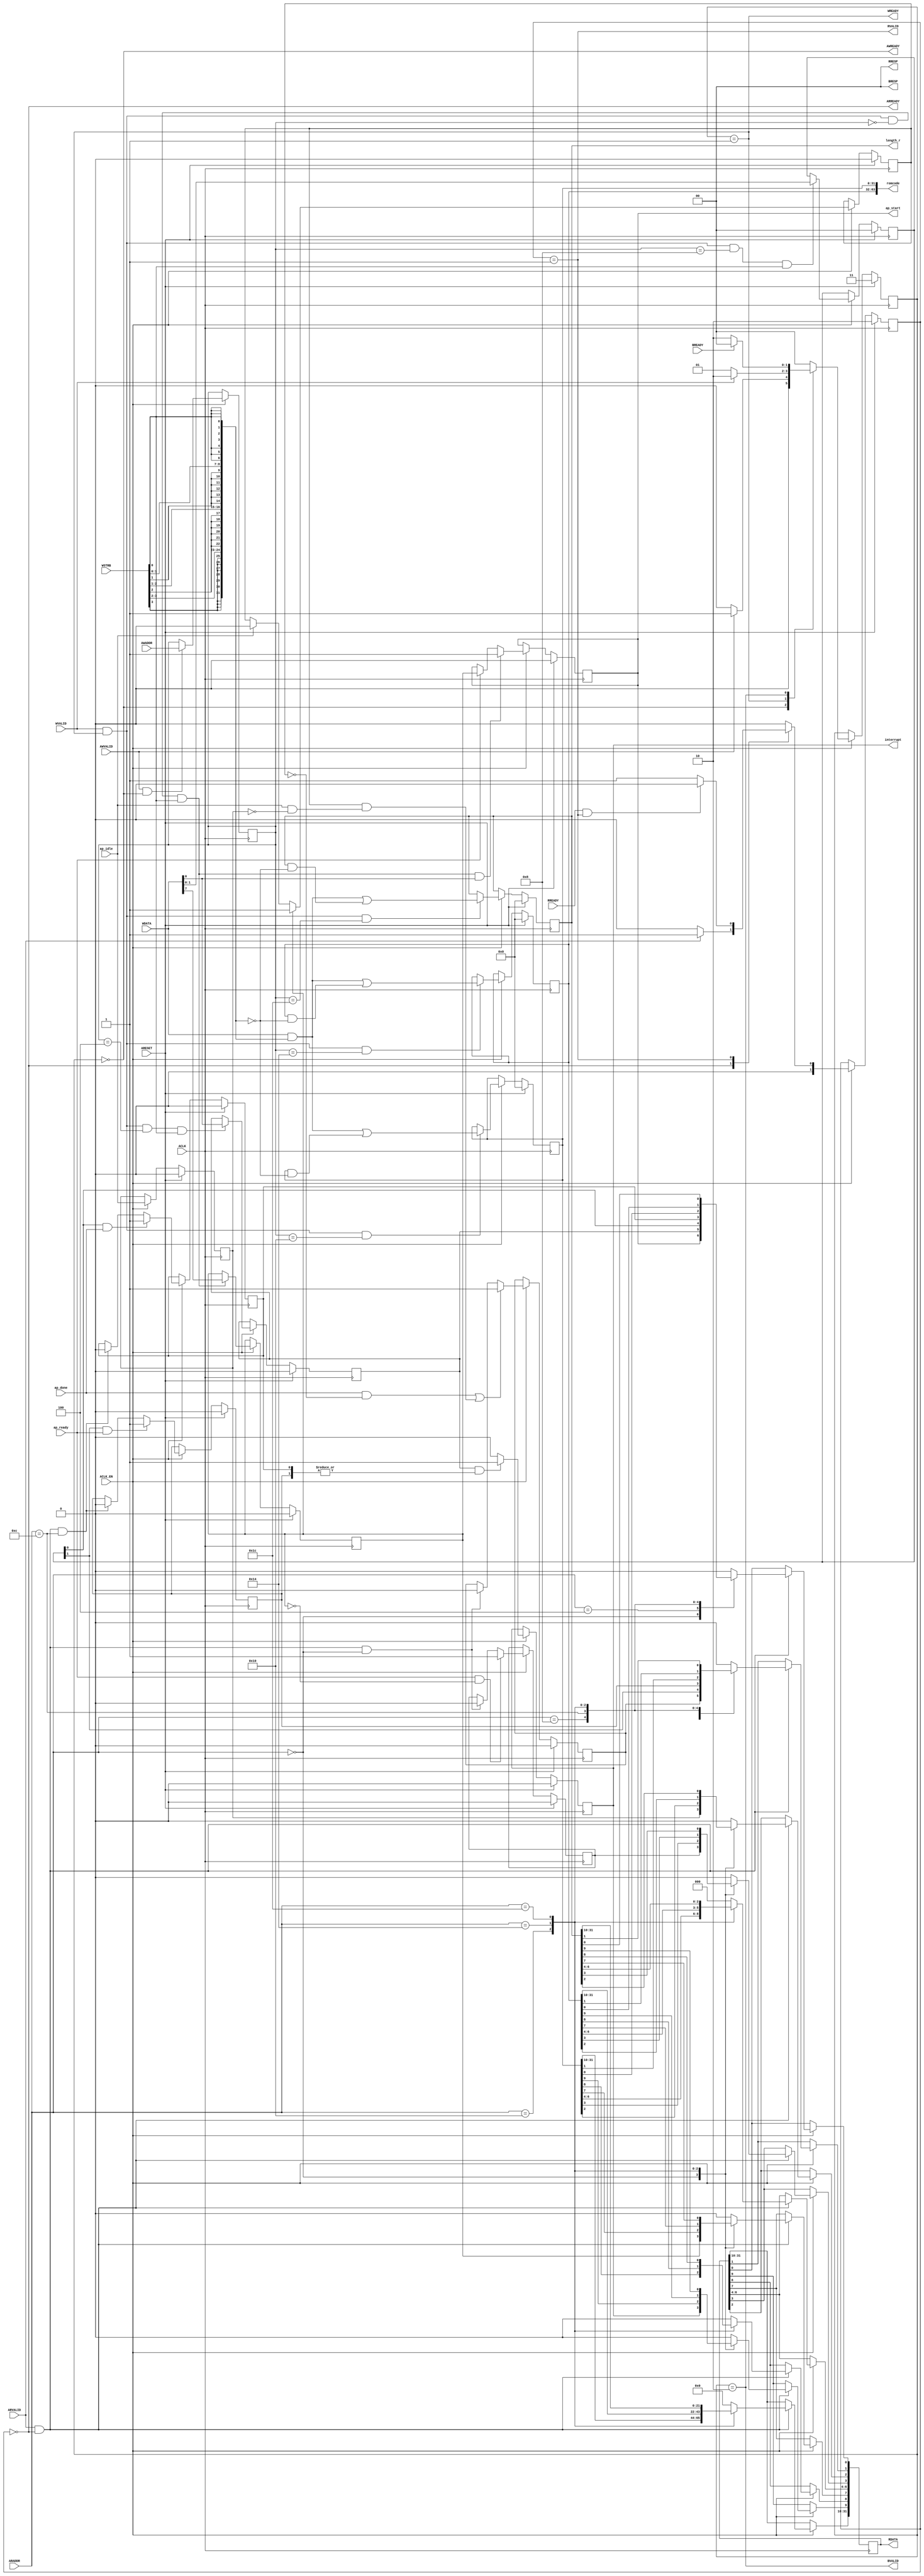
// ==============================================================
// Vitis HLS - High-Level Synthesis from C, C++ and OpenCL v2022.1 (64-bit)
// Tool Version Limit: 2022.04
// Copyright 1986-2022 Xilinx, Inc. All Rights Reserved.
// ==============================================================
`timescale 1ns/1ps
module read_romcode_control_s_axi
#(parameter
    C_S_AXI_ADDR_WIDTH = 6,
    C_S_AXI_DATA_WIDTH = 32
)(
    input  wire                          ACLK,
    input  wire                          ARESET,
    input  wire                          ACLK_EN,
    input  wire [C_S_AXI_ADDR_WIDTH-1:0] AWADDR,
    input  wire                          AWVALID,
    output wire                          AWREADY,
    input  wire [C_S_AXI_DATA_WIDTH-1:0] WDATA,
    input  wire [C_S_AXI_DATA_WIDTH/8-1:0] WSTRB,
    input  wire                          WVALID,
    output wire                          WREADY,
    output wire [1:0]                    BRESP,
    output wire                          BVALID,
    input  wire                          BREADY,
    input  wire [C_S_AXI_ADDR_WIDTH-1:0] ARADDR,
    input  wire                          ARVALID,
    output wire                          ARREADY,
    output wire [C_S_AXI_DATA_WIDTH-1:0] RDATA,
    output wire [1:0]                    RRESP,
    output wire                          RVALID,
    input  wire                          RREADY,
    output wire                          interrupt,
    output wire [63:0]                   romcode,
    output wire [31:0]                   length_r,
    output wire                          ap_start,
    input  wire                          ap_done,
    input  wire                          ap_ready,
    input  wire                          ap_idle
);
//------------------------Address Info-------------------
// 0x00 : Control signals
//        bit 0  - ap_start (Read/Write/COH)
//        bit 1  - ap_done (Read/COR)
//        bit 2  - ap_idle (Read)
//        bit 3  - ap_ready (Read/COR)
//        bit 7  - auto_restart (Read/Write)
//        bit 9  - interrupt (Read)
//        others - reserved
// 0x04 : Global Interrupt Enable Register
//        bit 0  - Global Interrupt Enable (Read/Write)
//        others - reserved
// 0x08 : IP Interrupt Enable Register (Read/Write)
//        bit 0 - enable ap_done interrupt (Read/Write)
//        bit 1 - enable ap_ready interrupt (Read/Write)
//        others - reserved
// 0x0c : IP Interrupt Status Register (Read/COR)
//        bit 0 - ap_done (Read/COR)
//        bit 1 - ap_ready (Read/COR)
//        others - reserved
// 0x10 : Data signal of romcode
//        bit 31~0 - romcode[31:0] (Read/Write)
// 0x14 : Data signal of romcode
//        bit 31~0 - romcode[63:32] (Read/Write)
// 0x18 : reserved
// 0x1c : Data signal of length_r
//        bit 31~0 - length_r[31:0] (Read/Write)
// 0x20 : reserved
// (SC = Self Clear, COR = Clear on Read, TOW = Toggle on Write, COH = Clear on Handshake)

//------------------------Parameter----------------------
localparam
    ADDR_AP_CTRL         = 6'h00,
    ADDR_GIE             = 6'h04,
    ADDR_IER             = 6'h08,
    ADDR_ISR             = 6'h0c,
    ADDR_ROMCODE_DATA_0  = 6'h10,
    ADDR_ROMCODE_DATA_1  = 6'h14,
    ADDR_ROMCODE_CTRL    = 6'h18,
    ADDR_LENGTH_R_DATA_0 = 6'h1c,
    ADDR_LENGTH_R_CTRL   = 6'h20,
    WRIDLE               = 2'd0,
    WRDATA               = 2'd1,
    WRRESP               = 2'd2,
    WRRESET              = 2'd3,
    RDIDLE               = 2'd0,
    RDDATA               = 2'd1,
    RDRESET              = 2'd2,
    ADDR_BITS                = 6;

//------------------------Local signal-------------------
    reg  [1:0]                    wstate = WRRESET;
    reg  [1:0]                    wnext;
    reg  [ADDR_BITS-1:0]          waddr;
    wire [C_S_AXI_DATA_WIDTH-1:0] wmask;
    wire                          aw_hs;
    wire                          w_hs;
    reg  [1:0]                    rstate = RDRESET;
    reg  [1:0]                    rnext;
    reg  [C_S_AXI_DATA_WIDTH-1:0] rdata;
    wire                          ar_hs;
    wire [ADDR_BITS-1:0]          raddr;
    // internal registers
    reg                           int_ap_idle;
    reg                           int_ap_ready = 1'b0;
    wire                          task_ap_ready;
    reg                           int_ap_done = 1'b0;
    wire                          task_ap_done;
    reg                           int_task_ap_done = 1'b0;
    reg                           int_ap_start = 1'b0;
    reg                           int_interrupt = 1'b0;
    reg                           int_auto_restart = 1'b0;
    reg                           auto_restart_status = 1'b0;
    wire                          auto_restart_done;
    reg                           int_gie = 1'b0;
    reg  [1:0]                    int_ier = 2'b0;
    reg  [1:0]                    int_isr = 2'b0;
    reg  [63:0]                   int_romcode = 'b0;
    reg  [31:0]                   int_length_r = 'b0;

//------------------------Instantiation------------------


//------------------------AXI write fsm------------------
assign AWREADY = (wstate == WRIDLE);
assign WREADY  = (wstate == WRDATA);
assign BRESP   = 2'b00;  // OKAY
assign BVALID  = (wstate == WRRESP);
assign wmask   = { {8{WSTRB[3]}}, {8{WSTRB[2]}}, {8{WSTRB[1]}}, {8{WSTRB[0]}} };
assign aw_hs   = AWVALID & AWREADY;
assign w_hs    = WVALID & WREADY;

// wstate
always @(posedge ACLK) begin
    if (ARESET)
        wstate <= WRRESET;
    else if (ACLK_EN)
        wstate <= wnext;
end

// wnext
always @(*) begin
    case (wstate)
        WRIDLE:
            if (AWVALID)
                wnext = WRDATA;
            else
                wnext = WRIDLE;
        WRDATA:
            if (WVALID)
                wnext = WRRESP;
            else
                wnext = WRDATA;
        WRRESP:
            if (BREADY)
                wnext = WRIDLE;
            else
                wnext = WRRESP;
        default:
            wnext = WRIDLE;
    endcase
end

// waddr
always @(posedge ACLK) begin
    if (ACLK_EN) begin
        if (aw_hs)
            waddr <= AWADDR[ADDR_BITS-1:0];
    end
end

//------------------------AXI read fsm-------------------
assign ARREADY = (rstate == RDIDLE);
assign RDATA   = rdata;
assign RRESP   = 2'b00;  // OKAY
assign RVALID  = (rstate == RDDATA);
assign ar_hs   = ARVALID & ARREADY;
assign raddr   = ARADDR[ADDR_BITS-1:0];

// rstate
always @(posedge ACLK) begin
    if (ARESET)
        rstate <= RDRESET;
    else if (ACLK_EN)
        rstate <= rnext;
end

// rnext
always @(*) begin
    case (rstate)
        RDIDLE:
            if (ARVALID)
                rnext = RDDATA;
            else
                rnext = RDIDLE;
        RDDATA:
            if (RREADY & RVALID)
                rnext = RDIDLE;
            else
                rnext = RDDATA;
        default:
            rnext = RDIDLE;
    endcase
end

// rdata
always @(posedge ACLK) begin
    if (ACLK_EN) begin
        if (ar_hs) begin
            rdata <= 'b0;
            case (raddr)
                ADDR_AP_CTRL: begin
                    rdata[0] <= int_ap_start;
                    rdata[1] <= int_task_ap_done;
                    rdata[2] <= int_ap_idle;
                    rdata[3] <= int_ap_ready;
                    rdata[7] <= int_auto_restart;
                    rdata[9] <= int_interrupt;
                end
                ADDR_GIE: begin
                    rdata <= int_gie;
                end
                ADDR_IER: begin
                    rdata <= int_ier;
                end
                ADDR_ISR: begin
                    rdata <= int_isr;
                end
                ADDR_ROMCODE_DATA_0: begin
                    rdata <= int_romcode[31:0];
                end
                ADDR_ROMCODE_DATA_1: begin
                    rdata <= int_romcode[63:32];
                end
                ADDR_LENGTH_R_DATA_0: begin
                    rdata <= int_length_r[31:0];
                end
            endcase
        end
    end
end


//------------------------Register logic-----------------
assign interrupt         = int_interrupt;
assign ap_start          = int_ap_start;
assign task_ap_done      = (ap_done && !auto_restart_status) || auto_restart_done;
assign task_ap_ready     = ap_ready && !int_auto_restart;
assign auto_restart_done = auto_restart_status && (ap_idle && !int_ap_idle);
assign romcode           = int_romcode;
assign length_r          = int_length_r;
// int_interrupt
always @(posedge ACLK) begin
    if (ARESET)
        int_interrupt <= 1'b0;
    else if (ACLK_EN) begin
        if (int_gie && (|int_isr))
            int_interrupt <= 1'b1;
        else
            int_interrupt <= 1'b0;
    end
end

// int_ap_start
always @(posedge ACLK) begin
    if (ARESET)
        int_ap_start <= 1'b0;
    else if (ACLK_EN) begin
        if (w_hs && waddr == ADDR_AP_CTRL && WSTRB[0] && WDATA[0])
            int_ap_start <= 1'b1;
        else if (ap_ready)
            int_ap_start <= int_auto_restart; // clear on handshake/auto restart
    end
end

// int_ap_done
always @(posedge ACLK) begin
    if (ARESET)
        int_ap_done <= 1'b0;
    else if (ACLK_EN) begin
            int_ap_done <= ap_done;
    end
end

// int_task_ap_done
always @(posedge ACLK) begin
    if (ARESET)
        int_task_ap_done <= 1'b0;
    else if (ACLK_EN) begin
        if (task_ap_done)
            int_task_ap_done <= 1'b1;
        else if (ar_hs && raddr == ADDR_AP_CTRL)
            int_task_ap_done <= 1'b0; // clear on read
    end
end

// int_ap_idle
always @(posedge ACLK) begin
    if (ARESET)
        int_ap_idle <= 1'b0;
    else if (ACLK_EN) begin
            int_ap_idle <= ap_idle;
    end
end

// int_ap_ready
always @(posedge ACLK) begin
    if (ARESET)
        int_ap_ready <= 1'b0;
    else if (ACLK_EN) begin
        if (task_ap_ready)
            int_ap_ready <= 1'b1;
        else if (ar_hs && raddr == ADDR_AP_CTRL)
            int_ap_ready <= 1'b0;
    end
end

// int_auto_restart
always @(posedge ACLK) begin
    if (ARESET)
        int_auto_restart <= 1'b0;
    else if (ACLK_EN) begin
        if (w_hs && waddr == ADDR_AP_CTRL && WSTRB[0])
            int_auto_restart <=  WDATA[7];
    end
end

// auto_restart_status
always @(posedge ACLK) begin
    if (ARESET)
        auto_restart_status <= 1'b0;
    else if (ACLK_EN) begin
        if (int_auto_restart)
            auto_restart_status <= 1'b1;
        else if (ap_idle)
            auto_restart_status <= 1'b0;
    end
end

// int_gie
always @(posedge ACLK) begin
    if (ARESET)
        int_gie <= 1'b0;
    else if (ACLK_EN) begin
        if (w_hs && waddr == ADDR_GIE && WSTRB[0])
            int_gie <= WDATA[0];
    end
end

// int_ier
always @(posedge ACLK) begin
    if (ARESET)
        int_ier <= 1'b0;
    else if (ACLK_EN) begin
        if (w_hs && waddr == ADDR_IER && WSTRB[0])
            int_ier <= WDATA[1:0];
    end
end

// int_isr[0]
always @(posedge ACLK) begin
    if (ARESET)
        int_isr[0] <= 1'b0;
    else if (ACLK_EN) begin
        if (int_ier[0] & ap_done)
            int_isr[0] <= 1'b1;
        else if (ar_hs && raddr == ADDR_ISR)
            int_isr[0] <= 1'b0; // clear on read
    end
end

// int_isr[1]
always @(posedge ACLK) begin
    if (ARESET)
        int_isr[1] <= 1'b0;
    else if (ACLK_EN) begin
        if (int_ier[1] & ap_ready)
            int_isr[1] <= 1'b1;
        else if (ar_hs && raddr == ADDR_ISR)
            int_isr[1] <= 1'b0; // clear on read
    end
end

// int_romcode[31:0]
always @(posedge ACLK) begin
    if (ARESET)
        int_romcode[31:0] <= 0;
    else if (ACLK_EN) begin
        if (w_hs && waddr == ADDR_ROMCODE_DATA_0)
            int_romcode[31:0] <= (WDATA[31:0] & wmask) | (int_romcode[31:0] & ~wmask);
    end
end

// int_romcode[63:32]
always @(posedge ACLK) begin
    if (ARESET)
        int_romcode[63:32] <= 0;
    else if (ACLK_EN) begin
        if (w_hs && waddr == ADDR_ROMCODE_DATA_1)
            int_romcode[63:32] <= (WDATA[31:0] & wmask) | (int_romcode[63:32] & ~wmask);
    end
end

// int_length_r[31:0]
always @(posedge ACLK) begin
    if (ARESET)
        int_length_r[31:0] <= 0;
    else if (ACLK_EN) begin
        if (w_hs && waddr == ADDR_LENGTH_R_DATA_0)
            int_length_r[31:0] <= (WDATA[31:0] & wmask) | (int_length_r[31:0] & ~wmask);
    end
end

//synthesis translate_off
always @(posedge ACLK) begin
    if (ACLK_EN) begin
        if (int_gie & ~int_isr[0] & int_ier[0] & ap_done)
            $display ("// Interrupt Monitor : interrupt for ap_done detected @ \"%0t\"", $time);
        if (int_gie & ~int_isr[1] & int_ier[1] & ap_ready)
            $display ("// Interrupt Monitor : interrupt for ap_ready detected @ \"%0t\"", $time);
    end
end
//synthesis translate_on

//------------------------Memory logic-------------------

endmodule